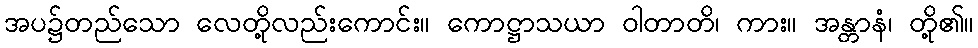
အပ၌တည်သော လေတို့လည်းကောင်း။ ကောဋ္ဌာသယာ ဝါတာတိ၊ ကား။ အန္တာနံ၊ တို့၏။